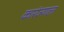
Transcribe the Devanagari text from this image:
कारंज्याला